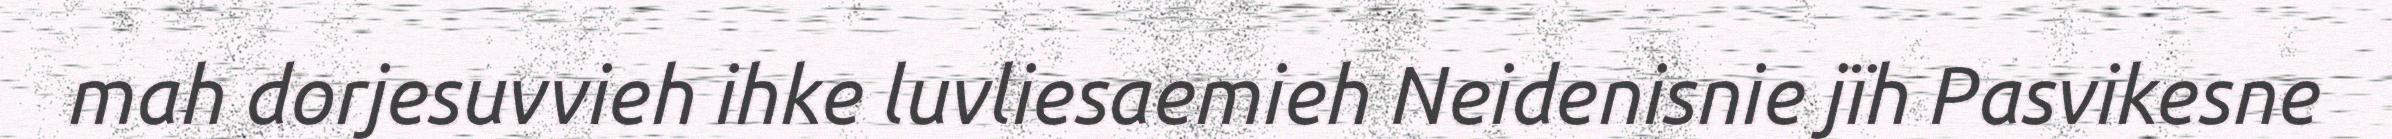
mah dorjesuvvieh ihke luvliesaemieh Neidenisnie jïh Pasvikesne